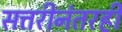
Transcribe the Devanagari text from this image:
सत्तरीनंतरही